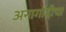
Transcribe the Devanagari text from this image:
अनागोंदीचा